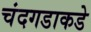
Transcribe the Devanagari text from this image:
चंदगडाकडे